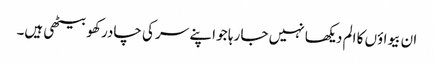
ان بیواؤں کا الم دیکھا نہیں جا رہا جو اپنے سر کی چادر کھو بیٹھی ہیں۔